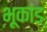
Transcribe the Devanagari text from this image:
भूकांड